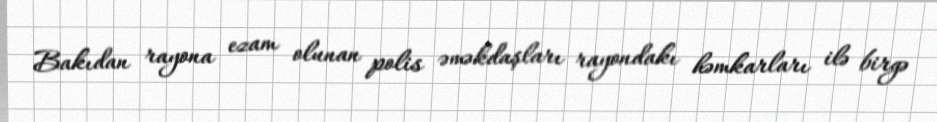
Bakıdan rayona ezam olunan polis əməkdaşları rayondakı həmkarları ilə birgə